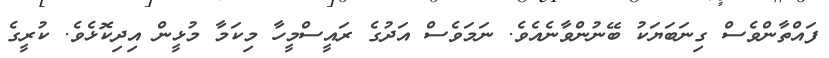
ފައްތާންވެސް ގިނަބަޔަކު ބޭނުންވާނެއެވެ. ނަމަވެސް އަދުގެ ރައީސްމީހާ މިކަމާ މުޅީން އިދިކޮޅެވެ. ކުރީގެ